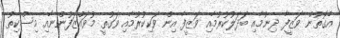
އެގޮތުން ވަޒީފާ ދިނުމާއި ބަދަލުކުރުމާއި ވަޒީފާ އިން ވަކިކުރުމާއި ވަގުތީ މުވައްޒަފުންނާއި މިސްކިތު